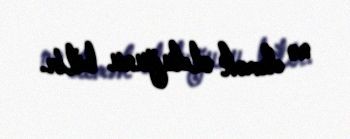
nə demək olduğunu bilir.